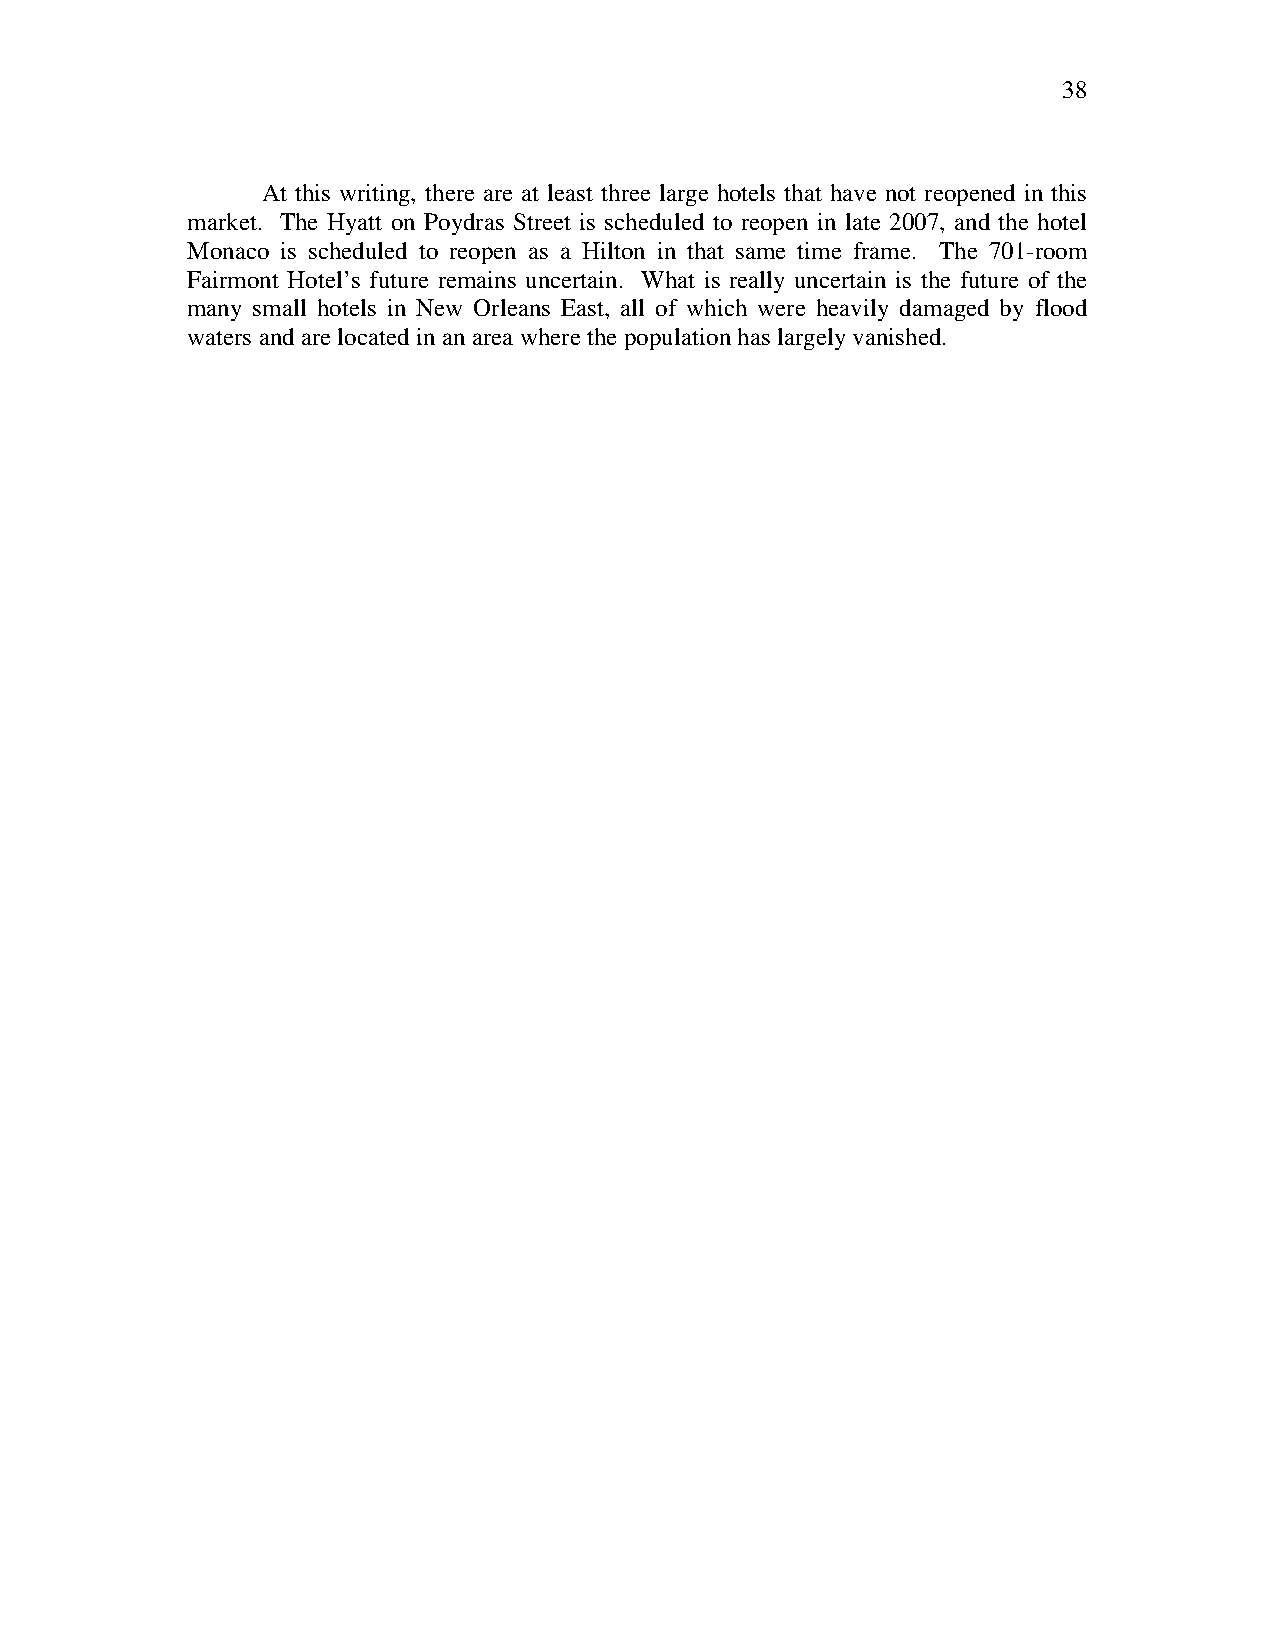
38
 At this writing, there are at least three large hotels that have not reopened in this
 market. The Hyatt on Poydras Street is scheduled to reopen in late 2007, and the hotel
 Monaco is scheduled to reopen as a Hilton in that same time frame. The 701-room
 Fairmont Hotel’s future remains uncertain. What is really uncertain is the future of the
 many small hotels in New Orleans East, all of which were heavily damaged by flood
 waters and are located in an area where the population has largely vanished.